Medical and sanitary report of the native army of Madras for the year
Year: 1876
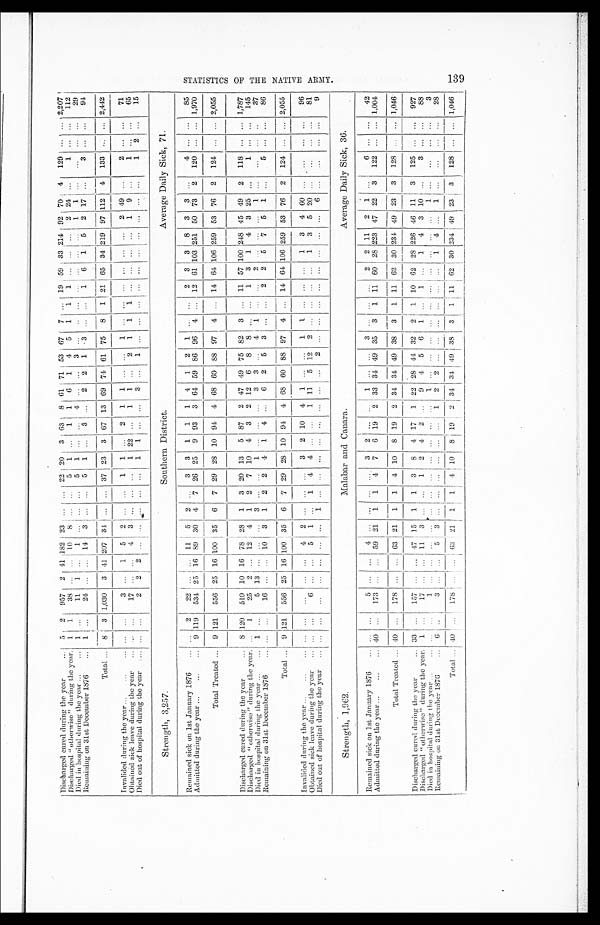
Discharged cured during the year
5 2 957 2 41 182 23
. . .
... 22 20 3 63 8 61 71 53 67 7
. . .
19 59 33 214 92 70 4 129
. . .
. . .
2,207
Discharged "otherwise" during the year. 1 1
38 ... ... 10 8
. . .
...
5 1
. . .
1 1 6 1 4 5 1 1 1 ... ... ...
2 24
. . .
1
. . .
. . .
112
Died in hospital during the year
1 ...
11 1
. . .
1
. . .
. . .
. . .
5
1
. . .
. . .
4
. . .
. . .
3
. . .
. . .
. . .
. . .
. . .
. . . . . .
1
1
. . .
. . .
. . .
. . .
2 9
Remaining on 31st December 1876
1 ...
24 ... ... 14 3 ... ...
5 1 ...
3 . . .
2 2 1
3
. . .
. . .
1 6 1 5 2 17 ...
3
. . .
...
94
Total
8 3 1,030 3 41 207 34
. . .
. . .
37 23 3 67 13 69 74 61 75 8 1 21 65 34
2 1 9
97 112 4 133 ... ... 2,442
Invalided during the year
. . .
. . .
3
. . .
1 5 2
. . .
...
1 1 ...
2 1 1
. . .
. . .
1
. . .
... ... ... ... ...
2 49 ...
2 ... ...
71
Obtained sick leave during the year
. . .
. . .
17 ... ...
4
3 ... ...
. . .
1 22
. . .
1 1 ...
2 1
1 1 ... ... ... ...
1 9 ...
1 ... ...
65
Died out of hospital during the year
. . .
. . .
2
2
2
. . .
. . .
. . .
. . .
. . .
1
1
. . .
. . .
3
. . .
1
. . .
. . .
. . .
. . .
. . .
. . .
. . .
... ... ...
1 2 ...
15
Strength, 3,257. Southern District. Average Daily Sick, 71.
Remained sick on 1st January 1876
. . .
2
22 ... ... 11
5 2
. . .
3 3 1 1 1 4
1 2 1 ...
. . .
2 3 3 8 3 3
. . .
4
. . .
. . .
85
Admitted during the year
9 119 534 25 16 89 30 4
7
26 25 9 93 3 64 59 86 96 4
. . .
12
6 1
1 0 3
251 50 73
2
120 ... ... 1,970
Total Treated
9 121 556 25 16 100 35 6 7 29 28 10 94 4 68 60 88 97 4 ... 14 64 106 259 53 76 2 124 ... ... 2,055
Discharged cured during the year
8 120 510 10 16 78 28 1 3 20 13
5 87 2 47 49 75 82 3 ... 11 57 100 248 45 49 2 118 ... ... 1,787
Discharged "otherwise" during the year. ...
1
25 2 ... 12 4 1 2 7 10 4 3 2 12
6
8 8 ...
. . .
1 3 1 4 3 25
. . .
1
. . .
...
145
Died in hospital during the year
1
. . .
5 13
. . .
. . .
. . .
3
. . .
. . .
1
. . .
... ...
3 3
. . .
4 1
. . .
. . .
2
. . .
. . .
. . .
1
. . .
. . .
. . .
. . .
37
Remaining on 31st December 1876
. . .
. . .
16
. . .
... 10 3 1 2 2 4
1
4 ...
6 2 5 3 ...
. . .
2 2 5 7 5 1 ...
5
. . .
...
86
Total
9 121 556 25 16 100 35 6 7 29 28 10 94 4 68 60 88 97 4
. . .
14 64 106 259 53 76 2 124
. . .
... 2,055
Invalided during the year
... ...
...
... ...
4 2 ... ... ...
3 2 10 4 1 ... ...
1
1 . . .
. . . . . .
1 3 4 60 ...
...
... ...
96
Obtained sick leave during the year
... ...
6
. . .
. . .
5 1 ...
1 4 4 ... ...
1 11
5 12 2 ...
. . .
... ...
1 3 5 20 ...
. . .
... ...
81
Died out of hospital during the year
. . .
...
...
. . . . . .
. . .
1
. . . . . .
. . .
. . .
. . .
. . .
. . .
. . .
. . .
2 . . .
. . .
. . .
. . .
. . .
. . .
. . .
...
6
. . .
. . .
. . .
. . .
9
Strength, 1,962. Malabar and Canara. Average Daily Sick, 36.
Remained sick on 1st January 1876
... ...
5
. . .
. . .
4
. . .
. . .
. . .
. . .
3 2 ...
. . .
1
. . .
. . .
3
. . .
. . .
...
2 2 11
2 1
. . .
6 ... ...
42
Admitted during the year
40 ...
173 ... ... 59 21 1
1
4 7 6 19
2
33 34 49 35 3
1
11 60 28 223 47 22 3 122 ...
. . .
1,004
Total Treated
40
. . .
178 ... ... 63 21
1 1 4 10 8 19 2 34 34 49 38 3 1 11
6 2
30 234 49 23 3 128 ... ... 1,046
Discharged cured during the year
33 ...
157 ... ... 47 15
1
1
3 8 4 17 1 22 28 44 32 2 1 10 62 28 226 46 11
3 125 ... ... 927
Discharged "otherwise" during the year. 1 ...
17 ...
. . .
1 1
3 ... ...
1 2 4 2 ...
9 4 5 6 1 ...
1 ...
1 4 3 10 ...
3
. . .
...
88
Died in hospital during the year
. . .
...
1 . . .
. . .
. . .
. . .
. . .
. . .
. . .
. . .
. . .
. . . . . .
1 ...
. . .
. . .
. . .
... ...
. . .
. . .
. . .
. . .
1
. . .
. . .
. . .
. . .
3
Remaining on 31st December 1876
6
. . .
3 ... ...
5 3 ...
. . .
. . . . . .
. . .
. . .
1
2
2
. . . .
. . .
. . .
. . .
. . .
...
1 4
. . .
1 ...
...
... ...
28
Total
4 0
...
178 ... ... 63 21 1 1
4
10
8
19 2 34 34 49 38 3 1 11 62 30 234 49 23 3
128 ...
. . .
1,046